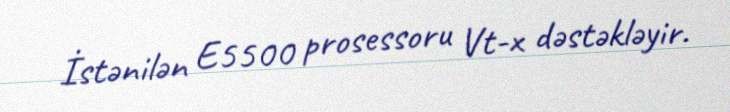
İstənilən E5500 prosessoru Vt-x dəstəkləyir.